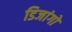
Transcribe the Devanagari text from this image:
डिजांगो